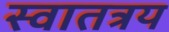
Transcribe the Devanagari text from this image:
स्वातत्रय